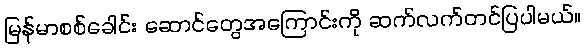
မြန်မာစစ်ခေါင်း ဆောင်တွေအကြောင်းကို ဆက်လက်တင်ပြပါမယ်။